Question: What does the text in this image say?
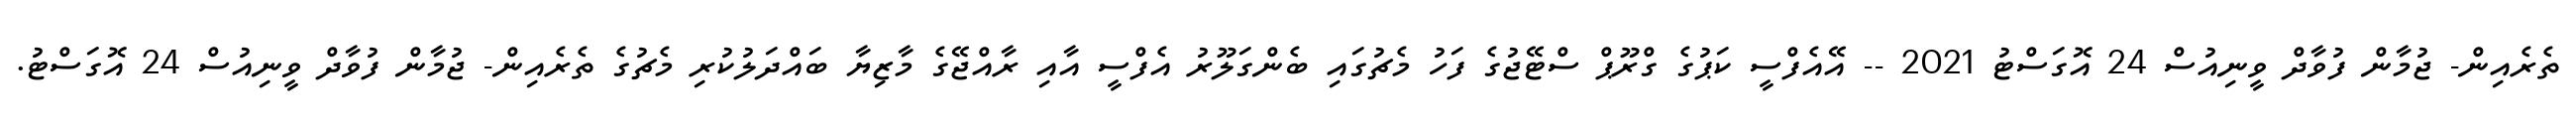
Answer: ތެރެއިން- ޖުމާން ފުވާދް ވީނިއުސް 24 އޮގަސްޓު 2021 -- އޭއެފްސީ ކަޕުގެ ގްރޫޕް ސްޓޭޖުގެ ފަހު މެޗުގައި ބެންގަލޫރު އެފްސީ އާއި ރާއްޖޭގެ މާޒިޔާ ބައްދަލުކުރި މެޗުގެ ތެރެއިން- ޖުމާން ފުވާދް ވީނިއުސް 24 އޮގަސްޓު.